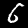
Label: 6